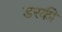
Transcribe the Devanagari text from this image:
डरकी